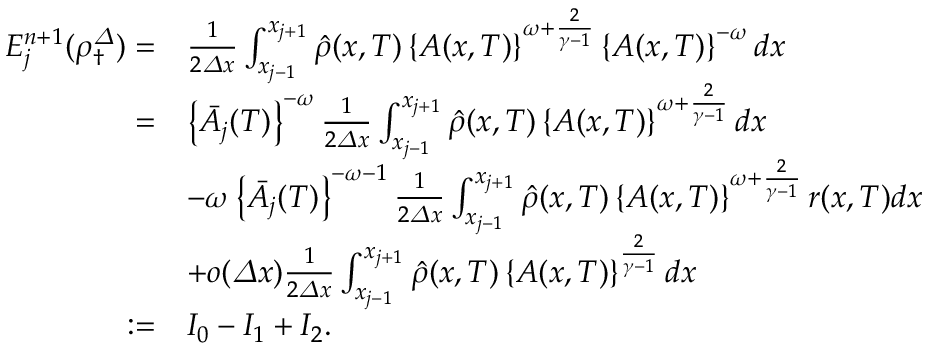
\begin{array} { r l } { E _ { j } ^ { n + 1 } ( \rho _ { \dagger } ^ { \varDelta } ) = } & { \frac 1 { 2 { \varDelta } x } \int _ { x _ { j - 1 } } ^ { x _ { j + 1 } } \hat { \rho } ( x , T ) \left\{ A ( x , T ) \right\} ^ { \omega + \frac { 2 } { \gamma - 1 } } \left\{ A ( x , T ) \right\} ^ { - \omega } d x } \\ { = } & { \left\{ \bar { A } _ { j } ( T ) \right\} ^ { - \omega } \frac 1 { 2 { \varDelta } x } \int _ { x _ { j - 1 } } ^ { x _ { j + 1 } } \hat { \rho } ( x , T ) \left\{ A ( x , T ) \right\} ^ { \omega + \frac { 2 } { \gamma - 1 } } d x } \\ & { - \omega \left\{ \bar { A } _ { j } ( T ) \right\} ^ { - \omega - 1 } \frac 1 { 2 { \varDelta } x } \int _ { x _ { j - 1 } } ^ { x _ { j + 1 } } \hat { \rho } ( x , T ) \left\{ A ( x , T ) \right\} ^ { \omega + \frac { 2 } { \gamma - 1 } } r ( x , T ) d x } \\ & { + o ( { \varDelta } x ) \frac 1 { 2 { \varDelta } x } \int _ { x _ { j - 1 } } ^ { x _ { j + 1 } } \hat { \rho } ( x , T ) \left\{ A ( x , T ) \right\} ^ { \frac { 2 } { \gamma - 1 } } d x } \\ { : = } & { I _ { 0 } - I _ { 1 } + I _ { 2 } . } \end{array}